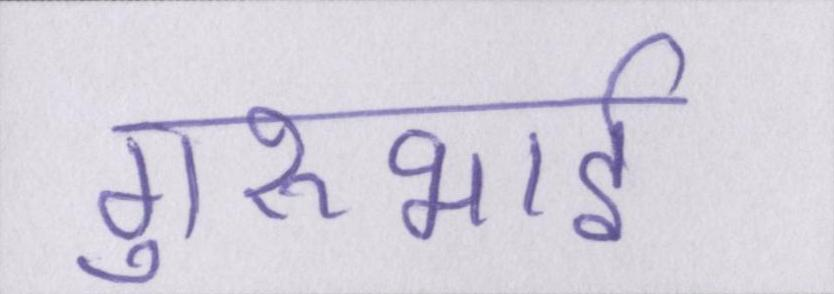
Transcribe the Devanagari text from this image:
गुरुभाई